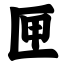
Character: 匣